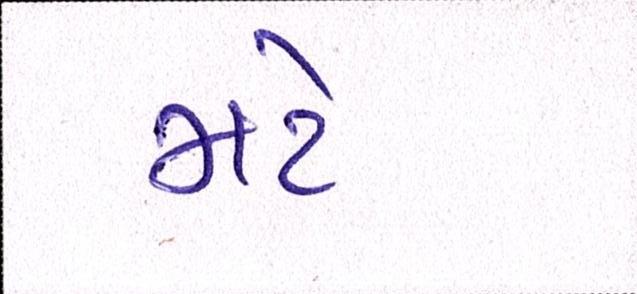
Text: મટે